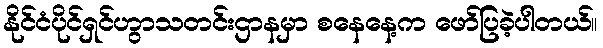
နိုင်ငံပိုင်ရှင်ဟွာသတင်းဌာနမှာ စနေနေ့က ဖော်ပြခဲ့ပါတယ်။